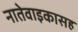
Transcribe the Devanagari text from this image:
नातेवाइकासह